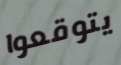
يتوقعوا